Annual administration report of the Civil Veterinary Department of India - 1898-1899
Year: 1898
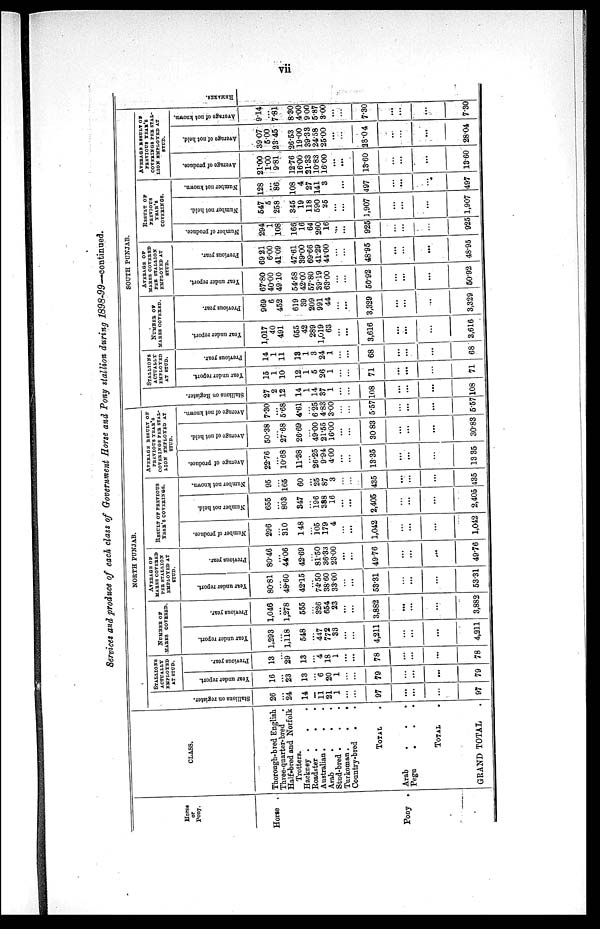
Services and produce of each class of Government Horse and Pony stallion during 1898-99—continued.
Horse
or
Pony.
Horse .
Pony .
CLASS.
Thorough-bred English
Three-quarter-bred
Half-bred and Norfolk
Trotters.
Hackney . . .
Roadster .
. .
Australian .
. .
Arab
. . .
Stud-bred . . .
Turkoman.
. . .
Country-bred . .
TOTAL .
Arab
.
.
.
Pegu
. . .
TOTAL .
GRAND TOTAL .
NORTH PUNJAB.
Stallions on register.
26
. . .
24
14
...
11
21
1
...
...
97
...
...
...
97
STALLIONS
ACTUALLY
EMPLOYED
AT STUD.
Year under report.
16
...
23
13
...
6
20
1
...
...
79
...
...
79
Previous year.
13
...
29
13
...
4
18
1
...
...
78
...
...
...
78
NUMBER OF
MARES COVERED.
Year under report.
1,293
...
1,118
548
...
447
772
33
...
...
4,211
...
...
...
4,211
Pr e vi ous year.
1,046
...
1,278
555
...
326
654
23
...
...
3,882
...
...
...
3,882
AVERAGE OF
MARES COVERED
PER STALLION
EMPLOYED AT
STUD.
Year under report.
80.81
...
48.60
42.15
...
74.50
38.60
33.00
...
...
53.31
...
...
...
53.31
Pr evi ous year.
80.46
...
44.06
42.69
...
81.50
36.33
23.00
. ..
...
49.76
...
...
...
49.76
RESULT OF PREVIOUS
YEAR'S
COVERINGS.
Nu mb e r of produce.
296
...
310
148
...
105
179
4
...
...
1,042
...
...
...
1,042
Nu mb e r not hel d.
655
...
803
847
...
196
388
16
...
...
2,405
...
...
...
2,405
Nu mb e r not known.
95
...
165
60
...
25
87
3
...
...
435
...
...
...
435
AVERAGE RESULT OF
PREVIOUS YEAR'S
COVERINGS PER STAL-
LION EMPLOYED AT
STUD.
Ave r
a ge of produce.
22.76
...
10.68
11.38
...
26.25
9.94
4.00
. . .
...
13.35
...
...
...
13.35
Ave r
a ge of not held.
50.38
...
27.68
26.69
...
49.00
21.55
16.00
...
...
30 83
...
...
...
30.83
Ave r
a ge of not known.
7.30
...
5.68
4.61
...
6 25
4.83
3.00
...
...
5.57
...
...
...
5.57
SOUTH PUNJAB.
St al l
i
ons on Regi s t
er .
27
2
12
14
1
14
37
1
...
...
108
...
...
...
108
STALLIONS
ACTUALLY
EMPLOYED
AT STUD.
Year under report.
15
1
10
12
1
5
26
1
...
...
71
...
...
71
Pr e vi ous year.
14
1
11
13
1
3
24
1
...
...
68
...
...
...
68
NUMBER OF
MARES COVERED.
Year under report.
1,017
40
491
655
42
289
1,019
63
...
...
3,616
...
...
...
3,616
Pr evi ous year .
969
6
452
619
39
209
991
44
...
...
3,329
...
...
...
3,329
AVERAGE OF
MARES COVERED
PER STALLION
EMPLOYED AT
STUD.
Year under report.
67.80
40.00
49.10
54.58
42.00
57.80
39.19
63.00
...
...
50.92
...
...
...
50.92
Pr evi ous year.
69 21
6.00
41.09
47.61
39.00
69.66
41.29
44.00
...
...
48.95
...
...
...
48.95
RESULT OF
PREVIOUS
YEAR'S
COVERINGS.
Nu mb e r of produce.
294
1
108
166
16
64
260
16
...
...
925
...
...
...
925
Nu mb e r not hel d.
547
5
258
345
19
118
590
25
...
...
1,907
...
...
...
1,907
Nu mb e r not known.
128
...
86
108
4
27
141
3
...
...
497
...
...
...
497
AVERAGE RESULT OF
PREVIOUS YEAR'S
COVERINGS PER STAL-
LION EMPLOYED AT
STUD.
Ave r
a ge of produce.
21.00
1.00
9.81
12.76
16.00
21.33
10.83
16.00
...
...
13.60
...
...
...
13.60
Aver age of not hel d.
39.07
5.00
23.45
26.53
19.00
39.33
24.58
25.00
...
...
28.04
...
...
...
28.04
Ave r
a ge of not known.
9.14
...
7.81
8.30
4.00
900
5.87
3.00
...
...
7.30
...
...
...
7.30
RE MARKS .